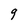
Character: 9